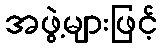
အဖွဲ့များဖြင့်